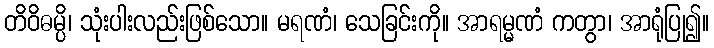
တိဝိဓမ္ပိ၊ သုံးပါးလည်းဖြစ်သော။ မရဏံ၊ သေခြင်းကို။ အာရမ္မဏံ ကတွာ၊ အာရုံပြု၍။